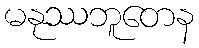
မနုဿဘူတေန